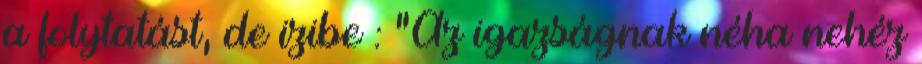
a folytatást, de izibe : "Az igazságnak néha nehéz